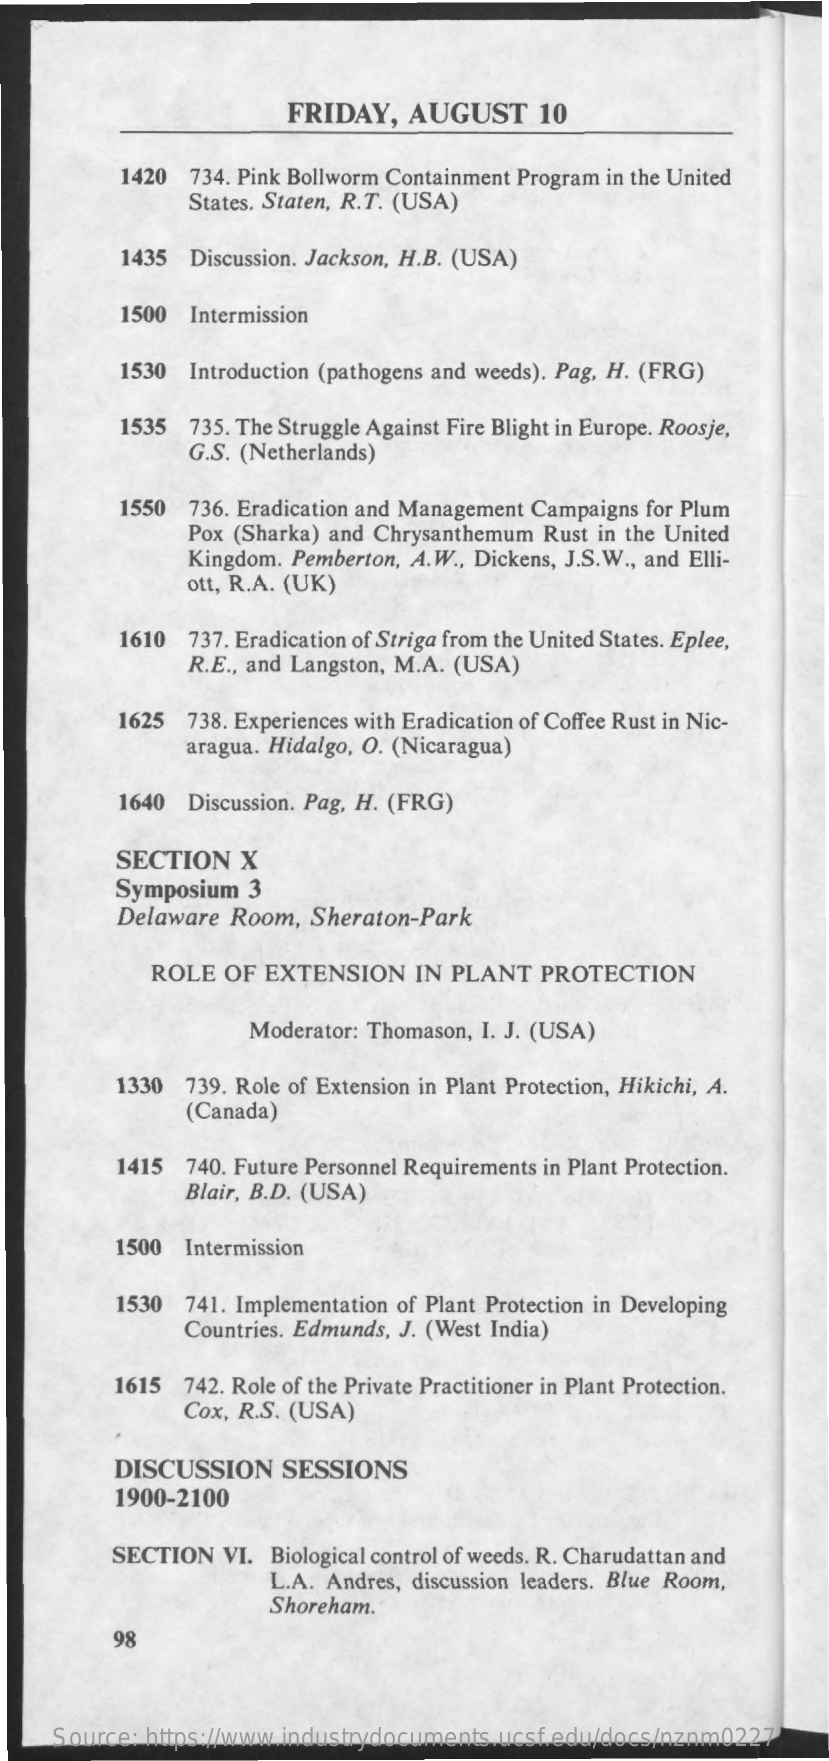
FRIDAY,  AUGUST    10
     1420  734. Pink Bollworm Containment Program in the United
     States. Staten, R.T. (USA)
     1435  Discussion. Jackson, H.B. (USA)
     1500 Intermission
     1530 Introduction (pathogens and weeds). Pag, H. (FRG)
     1535  735. The Struggle Against Fire Blight in Europe. Roosje,
     G.S. (Netherlands)
     1550  736. Eradication and Management Campaigns for Plum
     Pox (Sharka) and Chrysanthemum Rust in the United
     Kingdom. Pemberton, A.W ., Dickens, J.S.W ., and Elli-
     ott, R.A. (UK)
     1610  737. Eradication of Striga from the United States. Eplee,
     R.E ., and Langston, M.A. (USA)
     1625  738. Experiences with Eradication of Coffee Rust in Nic-
     aragua. Hidalgo, O. (Nicaragua)
     1640 Discussion. Pag, H. (FRG)
     SECTION   X
     Symposium  3
     Delaware Room,  Sheraton-Park
     ROLE OF  EXTENSION   IN PLANT  PROTECTION
     Moderator: Thomason, I. J. (USA)
     1330 739. Role of Extension in Plant Protection, Hikichi, A.
     (Canada)
     1415 740. Future Personnel Requirements in Plant Protection.
     Blair, B.D. (USA)
     1500 Intermission
     1530 741. Implementation of Plant Protection in Developing
     Countries. Edmunds, J. (West India)
     1615 742. Role of the Private Practitioner in Plant Protection.
     Cox, R.S. (USA)
     DISCUSSION   SESSIONS
     1900-2100
     SECTION VI. Biological control of weeds. R. Charudattan and
     L.A. Andres, discussion leaders. Blue Room,
     Shoreham.
     98
     Source: https://www.industrydocuments.ucsf.edu/docs/nznm0227